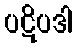
ပဋိပဒါ